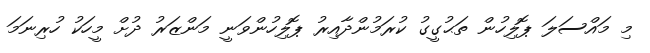
މި މައްސަލަ ޕޮލިހުން ތަޙުގީގު ކުރަމުންދާއިރު ޕޮލިހުންވަނީ މަންޒަރު ދުށް މީހަކު ހުރިނަމަ